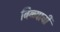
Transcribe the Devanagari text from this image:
बिब्ब्याची